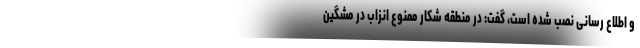
و اطلاع رسانی نصب شده است، گفت: در منطقه شکار ممنوع انزاب در مشگین